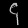
Digit: ၄